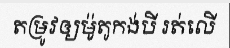
តម្រូវឲ្យម៉ូតូកង់បី រត់លើ